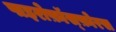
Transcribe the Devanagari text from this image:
पाइरोफ़ॉस्फ़ोरस